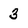
Character: 3